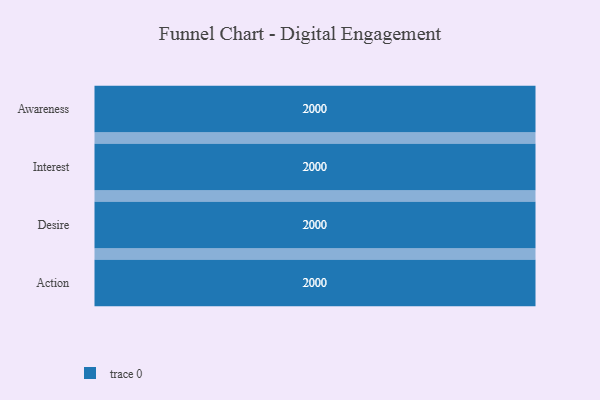
{"axis": {"x": "Stage", "y": "Value"}, "legend": [""], "data": [{"x": "Awareness", "y": 2000, "type": ""}, {"x": "Interest", "y": 2000, "type": ""}, {"x": "Desire", "y": 2000, "type": ""}, {"x": "Action", "y": 2000, "type": ""}]}